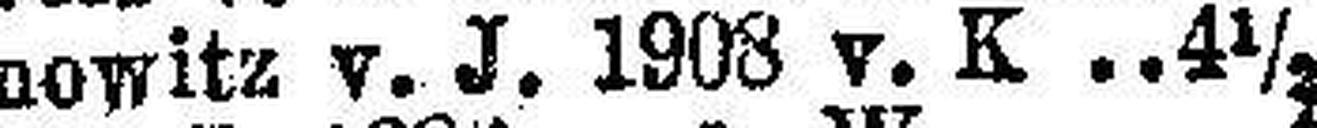
Czernowitz v. J. 1908 v. K. 4X